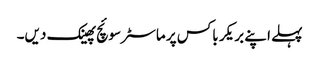
پہلے اپنے بریکر باکس پر ماسٹر سوئچ پھینک دیں۔